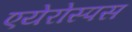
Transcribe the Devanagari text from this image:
एयेरोस्पस